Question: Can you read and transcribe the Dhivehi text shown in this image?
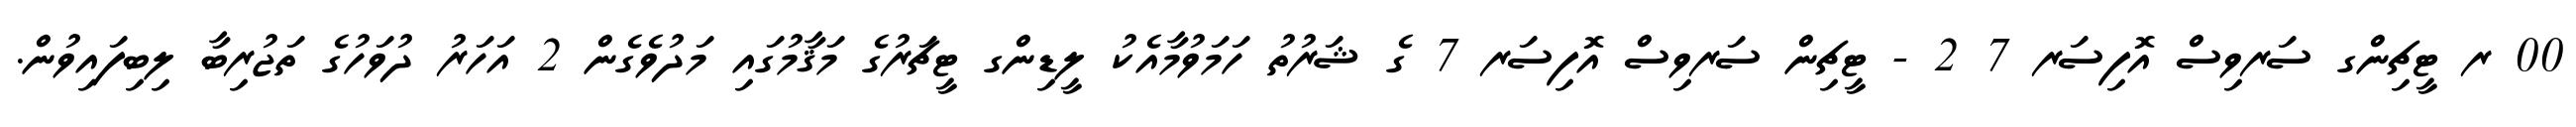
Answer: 00 ރ ޓީޗިންގ ސަރވިސް އޮފިސަރ 7 2 - ޓީޗިން ސަރވިސް އޮފިސަރ 7 ގެ ޝަރުތު ހަމަވުމާއެކު ލީޑިންގ ޓީޗަރުގެ މަޤާމުގައި މަދުވެގެން 2 އަހަރު ދުވަހުގެ ތަޖުރިބާ ލިބިފައިވުން.